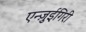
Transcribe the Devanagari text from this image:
एन्ज़ुईगिरी